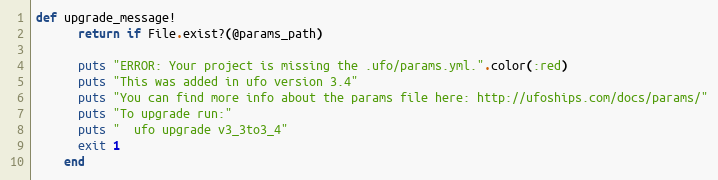
Language: Ruby
def upgrade_message!
      return if File.exist?(@params_path)

      puts "ERROR: Your project is missing the .ufo/params.yml.".color(:red)
      puts "This was added in ufo version 3.4"
      puts "You can find more info about the params file here: http://ufoships.com/docs/params/"
      puts "To upgrade run:"
      puts "  ufo upgrade v3_3to3_4"
      exit 1
    end